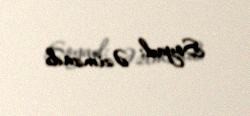
Soyad: Əzimzadə